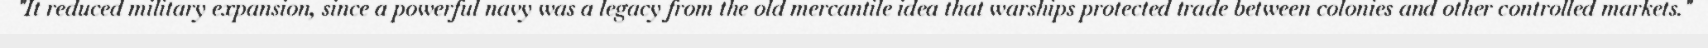
"It reduced military expansion, since a powerful navy was a legacy from the old mercantile idea that warships protected trade between colonies and other controlled markets."